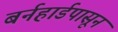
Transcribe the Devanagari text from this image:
बर्नहार्डपासून